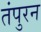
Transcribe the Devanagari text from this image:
तंपुरन